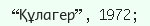
“Құлагер”, 1972;